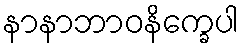
နာနာဘာဝနိက္ခေပါ